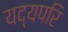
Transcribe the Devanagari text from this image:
यद्यपरि